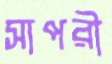
সাপরী